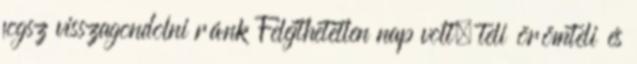
fogsz visszagondolni ránk Felejthetetlen nap volt, teli örömteli és